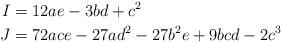
LaTeX: \begin{align*}I & = 12 a e - 3 b d + c^2 \\J & = 72ace - 27ad^2 - 27b^2e + 9bcd - 2c^3 \end{align*}